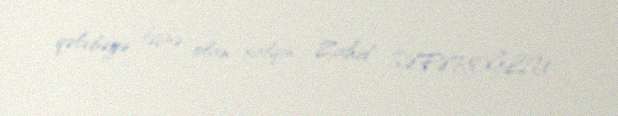
qələbəyə təşnə olan xalqın... Zahid SƏFƏROĞLU.